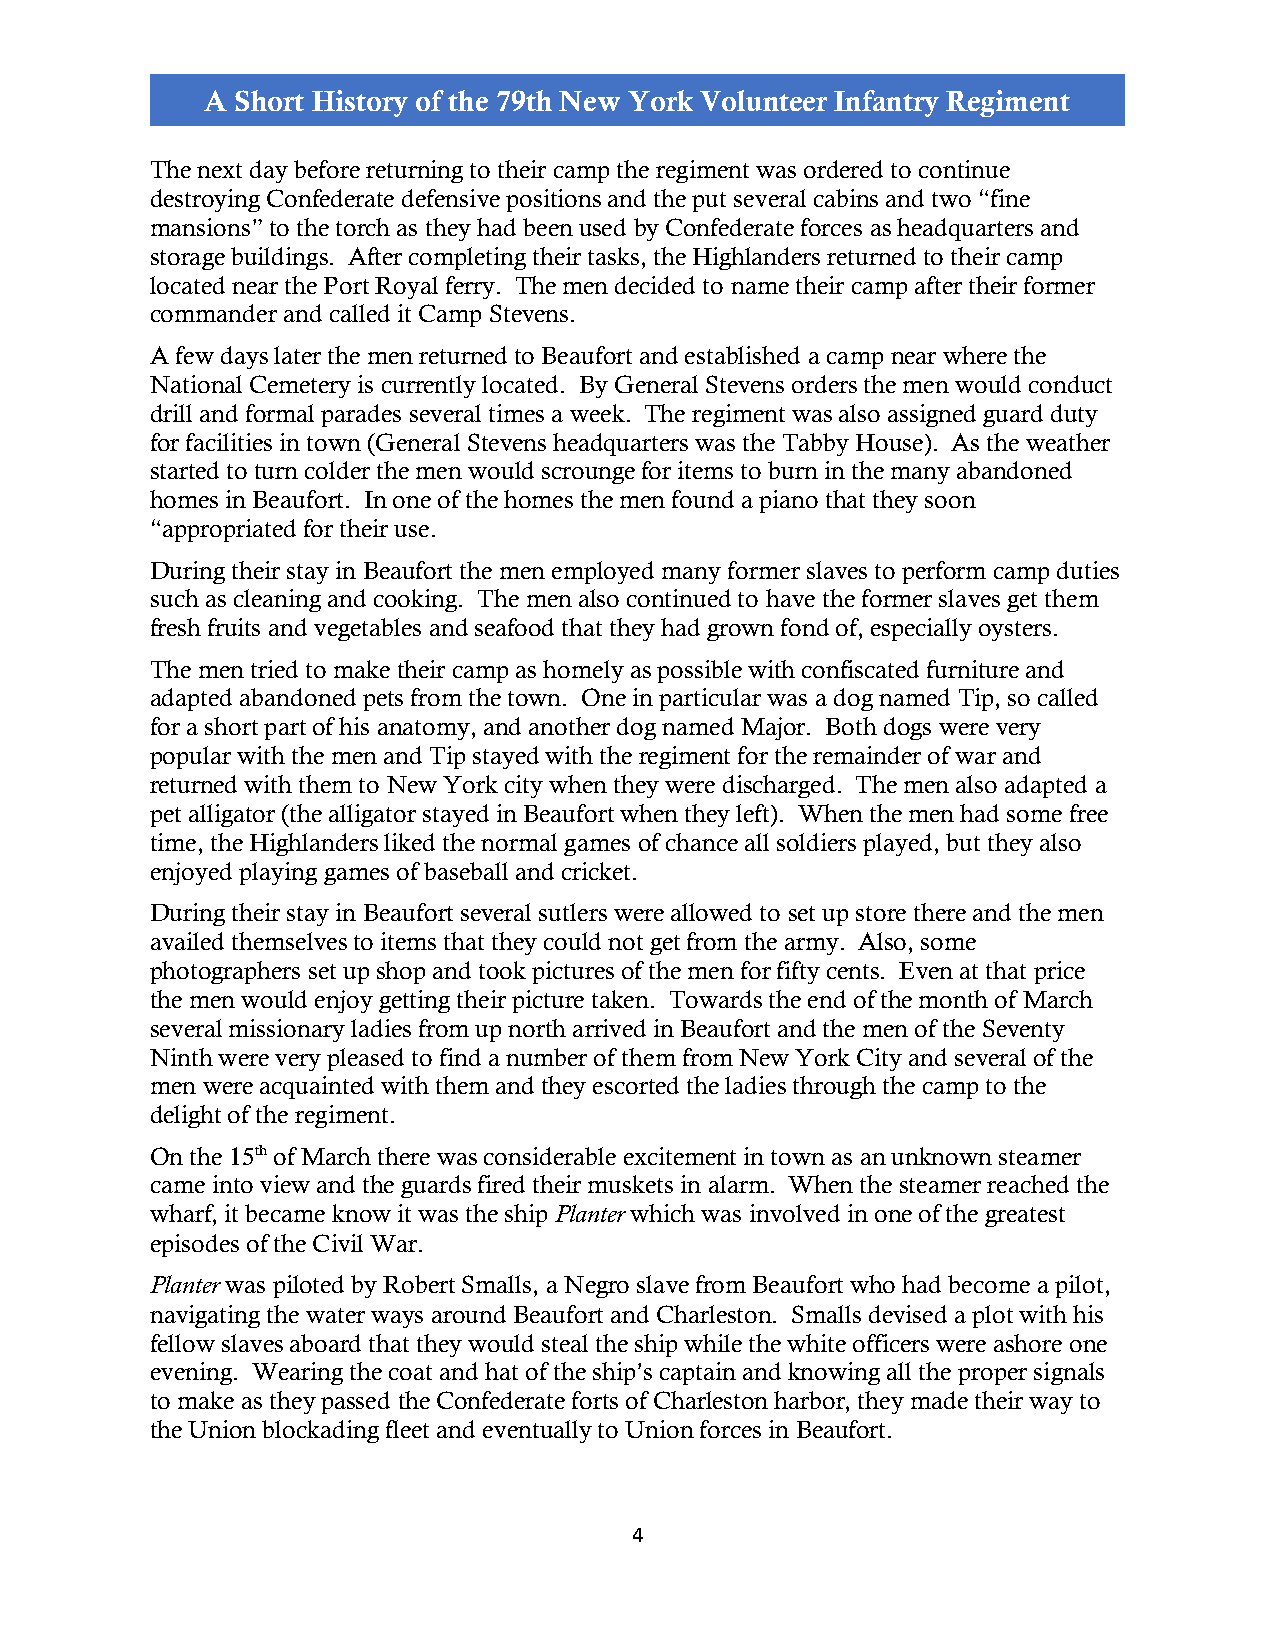
A Short History of the 79th New York Volunteer Infantry Regiment
 The next day before returning to their camp the regiment was ordered to continue
 destroying Confederate defensive positions and the put several cabins and two “fine
 mansions” to the torch as they had been used by Confederate forces as headquarters and
 storage buildings. After completing their tasks, the Highlanders returned to their camp
 located near the Port Royal ferry. The men decided to name their camp after their former
 commander and called it Camp Stevens.
 A few days later the men returned to Beaufort and established a camp near where the
 National Cemetery is currently located. By General Stevens orders the men would conduct
 drill and formal parades several times a week. The regiment was also assigned guard duty
 for facilities in town (General Stevens headquarters was the Tabby House). As the weather
 started to turn colder the men would scrounge for items to burn in the many abandoned
 homes in Beaufort. In one of the homes the men found a piano that they soon
 “appropriated for their use.
 During their stay in Beaufort the men employed many former slaves to perform camp duties
 such as cleaning and cooking. The men also continued to have the former slaves get them
 fresh fruits and vegetables and seafood that they had grown fond of, especially oysters.
 The men tried to make their camp as homely as possible with confiscated furniture and
 adapted abandoned pets from the town. One in particular was a dog named Tip, so called
 for a short part of his anatomy, and another dog named Major. Both dogs were very
 popular with the men and Tip stayed with the regiment for the remainder of war and
 returned with them to New York city when they were discharged. The men also adapted a
 pet alligator (the alligator stayed in Beaufort when they left). When the men had some free
 time, the Highlanders liked the normal games of chance all soldiers played, but they also
 enjoyed playing games of baseball and cricket.
 During their stay in Beaufort several sutlers were allowed to set up store there and the men
 availed themselves to items that they could not get from the army. Also, some
 photographers set up shop and took pictures of the men for fifty cents. Even at that price
 the men would enjoy getting their picture taken. Towards the end of the month of March
 several missionary ladies from up north arrived in Beaufort and the men of the Seventy
 Ninth were very pleased to find a number of them from New York City and several of the
 men were acquainted with them and they escorted the ladies through the camp to the
 delight of the regiment.
 On the 15th of March there was considerable excitement in town as an unknown steamer
 came into view and the guards fired their muskets in alarm. When the steamer reached the
 wharf, it became know it was the ship Planter which was involved in one of the greatest
 episodes of the Civil War.
 Planter was piloted by Robert Smalls, a Negro slave from Beaufort who had become a pilot,
 navigating the water ways around Beaufort and Charleston. Smalls devised a plot with his
 fellow slaves aboard that they would steal the ship while the white officers were ashore one
 evening. Wearing the coat and hat of the ship’s captain and knowing all the proper signals
 to make as they passed the Confederate forts of Charleston harbor, they made their way to
 the Union blockading fleet and eventually to Union forces in Beaufort.
 4